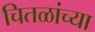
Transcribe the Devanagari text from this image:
चितळांच्या